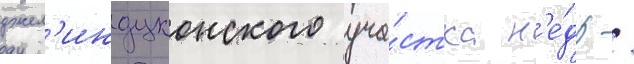
джел'индуконского уча́стка н'е́др /